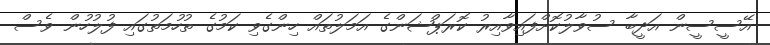
އޭސީސީން އަދީބާ ސުވާލުކޮށްފައިވާއިރު ކޮރަޕްޝަންގެ އަމަލުތައް ހިންގެވި ކަމުގެ ތުހުމަތުގައި ފުލުހުން ވެސް